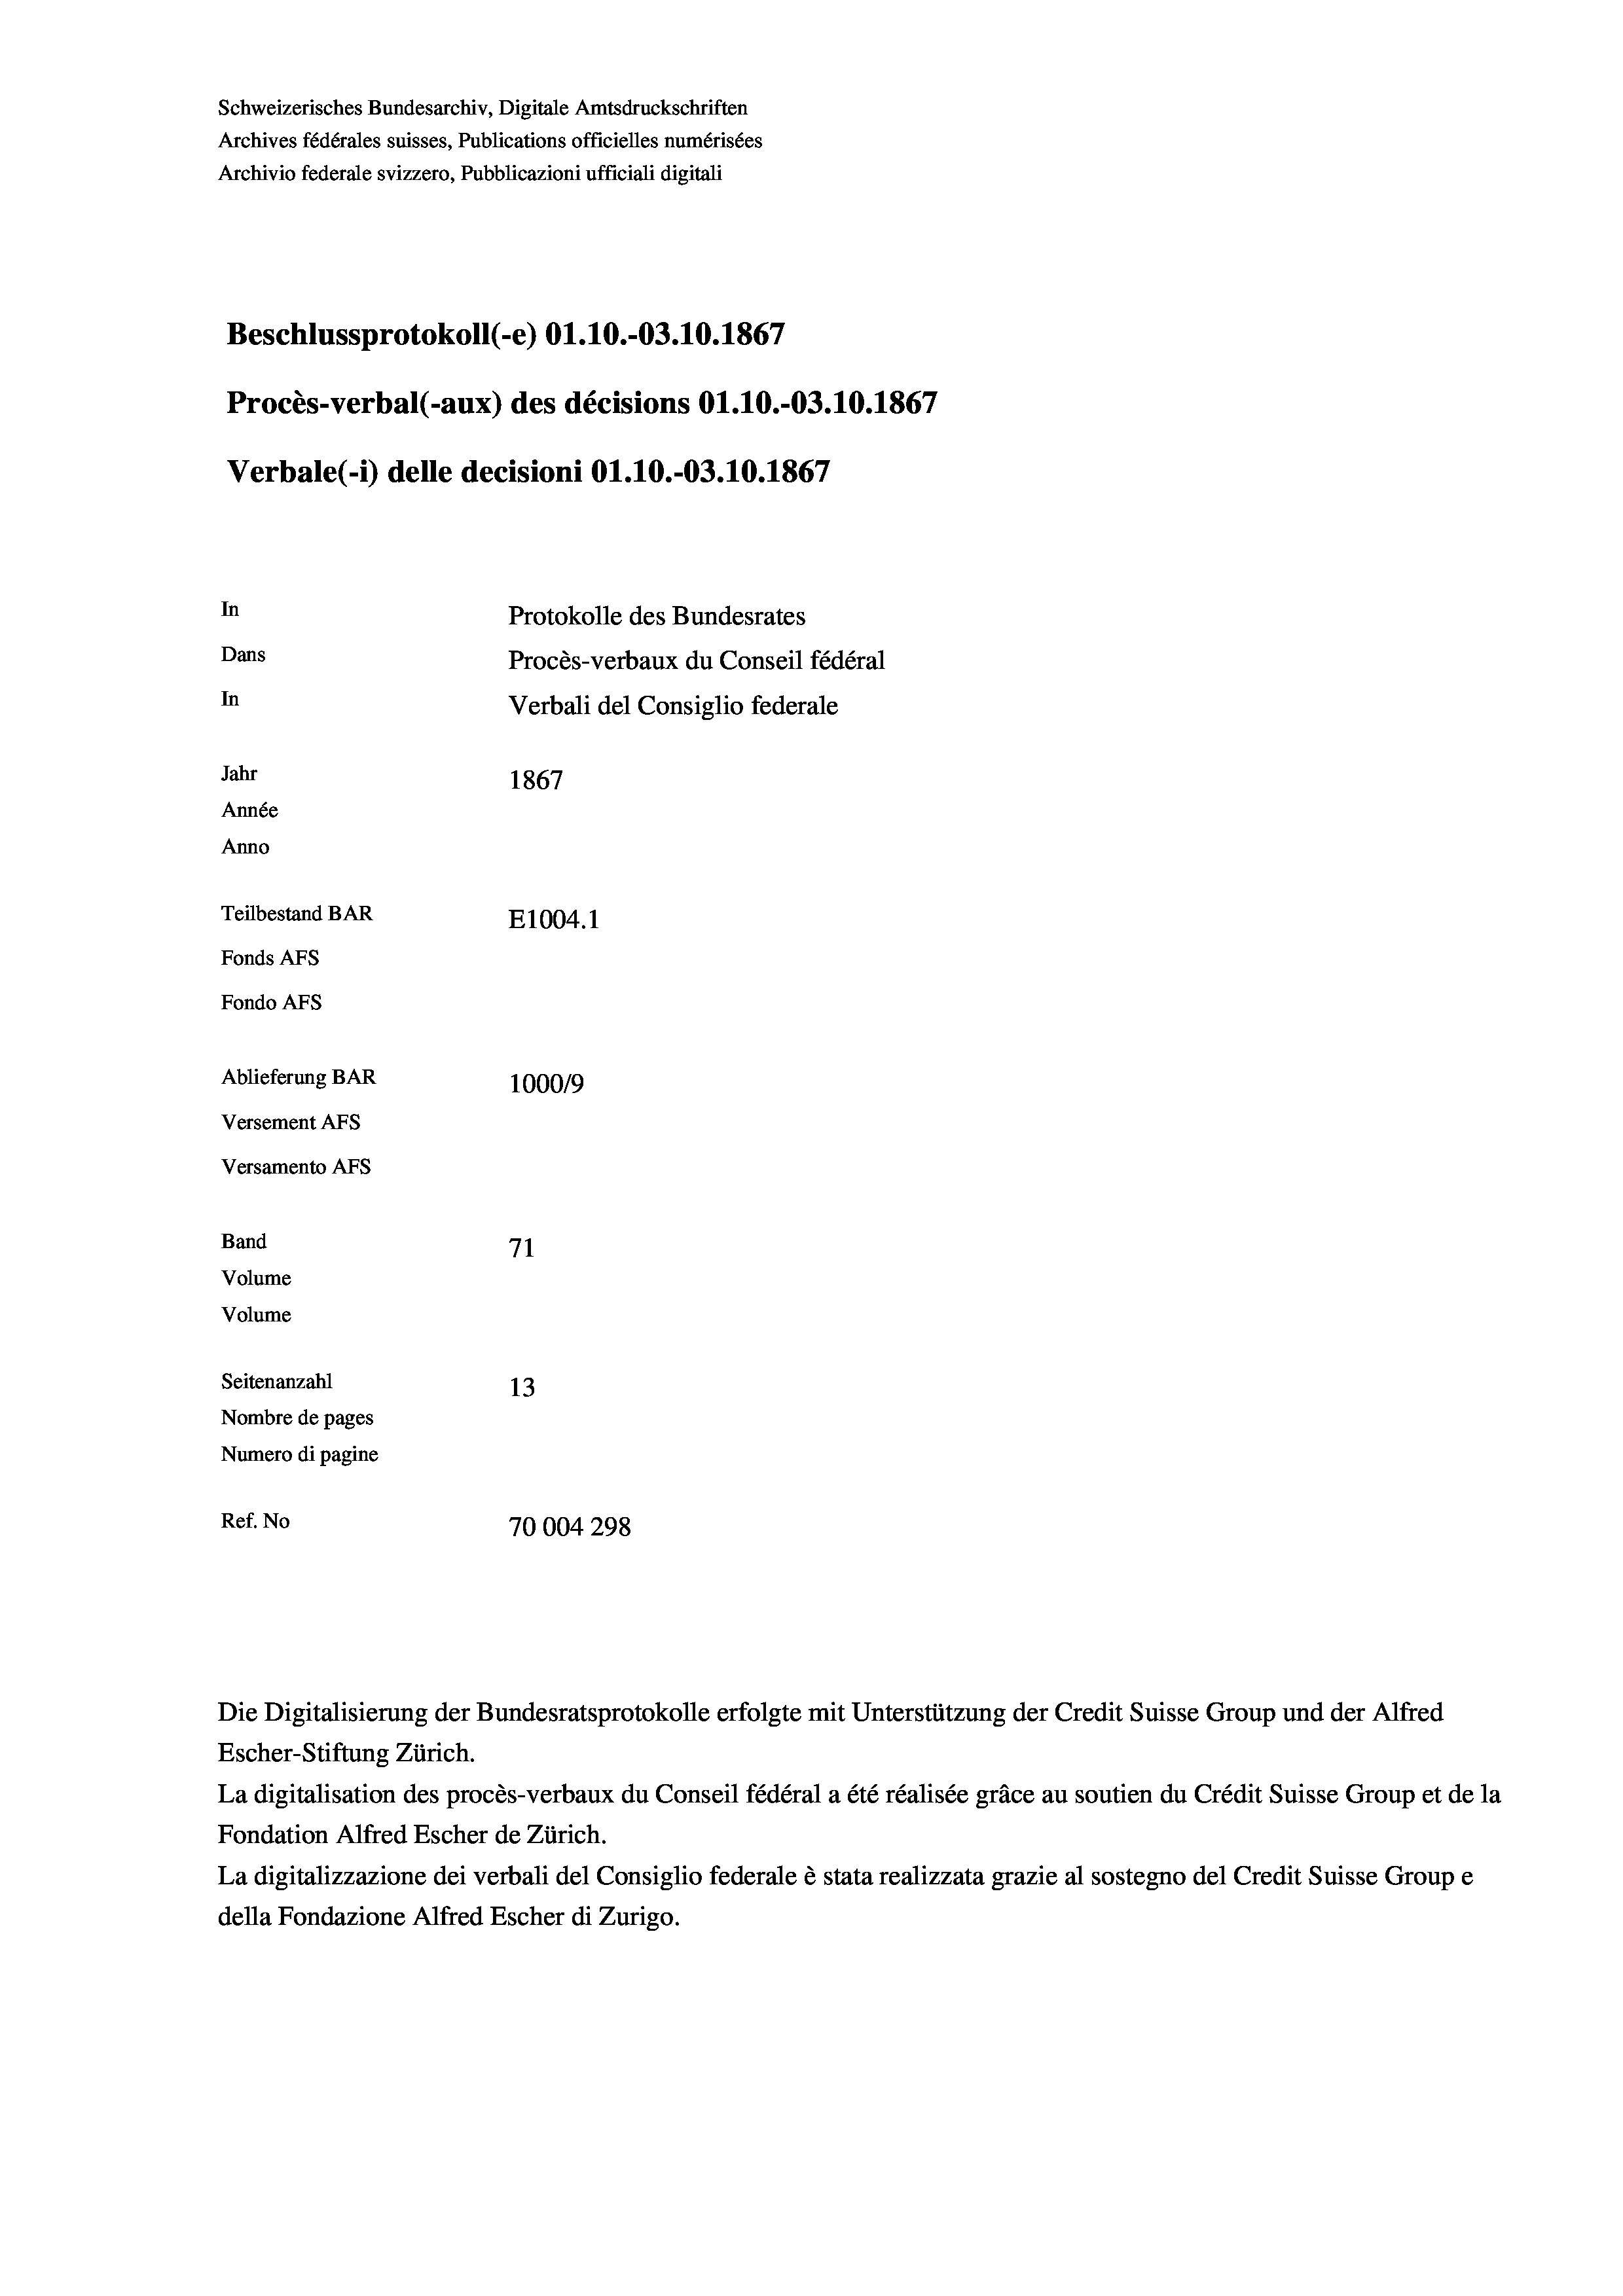
Schweizerisches Bundesarchiv, Digitale Amtsdruckschriften
Archives fédérales suisses, Publications officielles numérisées
Archivio federale svizzero, Pubblicazioni ufficiali digitali
Beschlussprotokoll (-e) O1.10.-03.10.1867
Procès-verbal (-aux) des décisions O1.10.-03.10.1867
Verbale(-*) delle decisioni O1.10.-03.10.1867
In
Protokolle des Bundesrates
Dans
Procès-verbaux du Conseil fédéral
In
Verbali del Consiglio federale
Jahr
1867
Année
Anno
Teilbestand BAR
E1004.1
Fonds AFs
Fondo AFs
Ablieferung BAR
100019
Versement AFs
Versamento AFs
Band
71
Volume
Volume

Seitenanzahl
13
Nombre de pages
Numero di pagine
Ref. No
70004298

Escher-Stiftung Zürich.
La digitalisation des procès-verbaux du Conseil fédéral a été réalisée gräce au soutien du Crédit Suisse Group et de la
Fondation Alfred Escher de Zürich.
La digitalizzazione dei verbali del Consiglio federale è stata realizzata grazie al sostegno del Credit Suisse Groupe
della Fondazione Alfred Escher di Zurigo.

Die Digitalisierung der Bundesratsprotokolle erfolgte mit Unterstützung der Credit Suisse Group und der Alfred